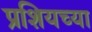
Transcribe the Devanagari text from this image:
प्रशियच्या